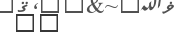
١١